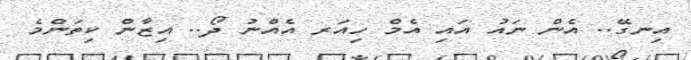
އިނގޭ.. އެން ނައު އައި އެމް ހިއަރ އެއްނު ދޯ.. އިޒާން ކިތަންމެ